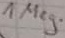
Text: 1Meg